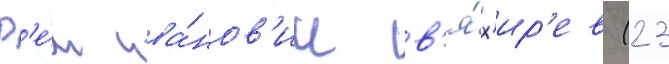
Р'е́м ива́нов'ич в'я́х'ир'ев (23